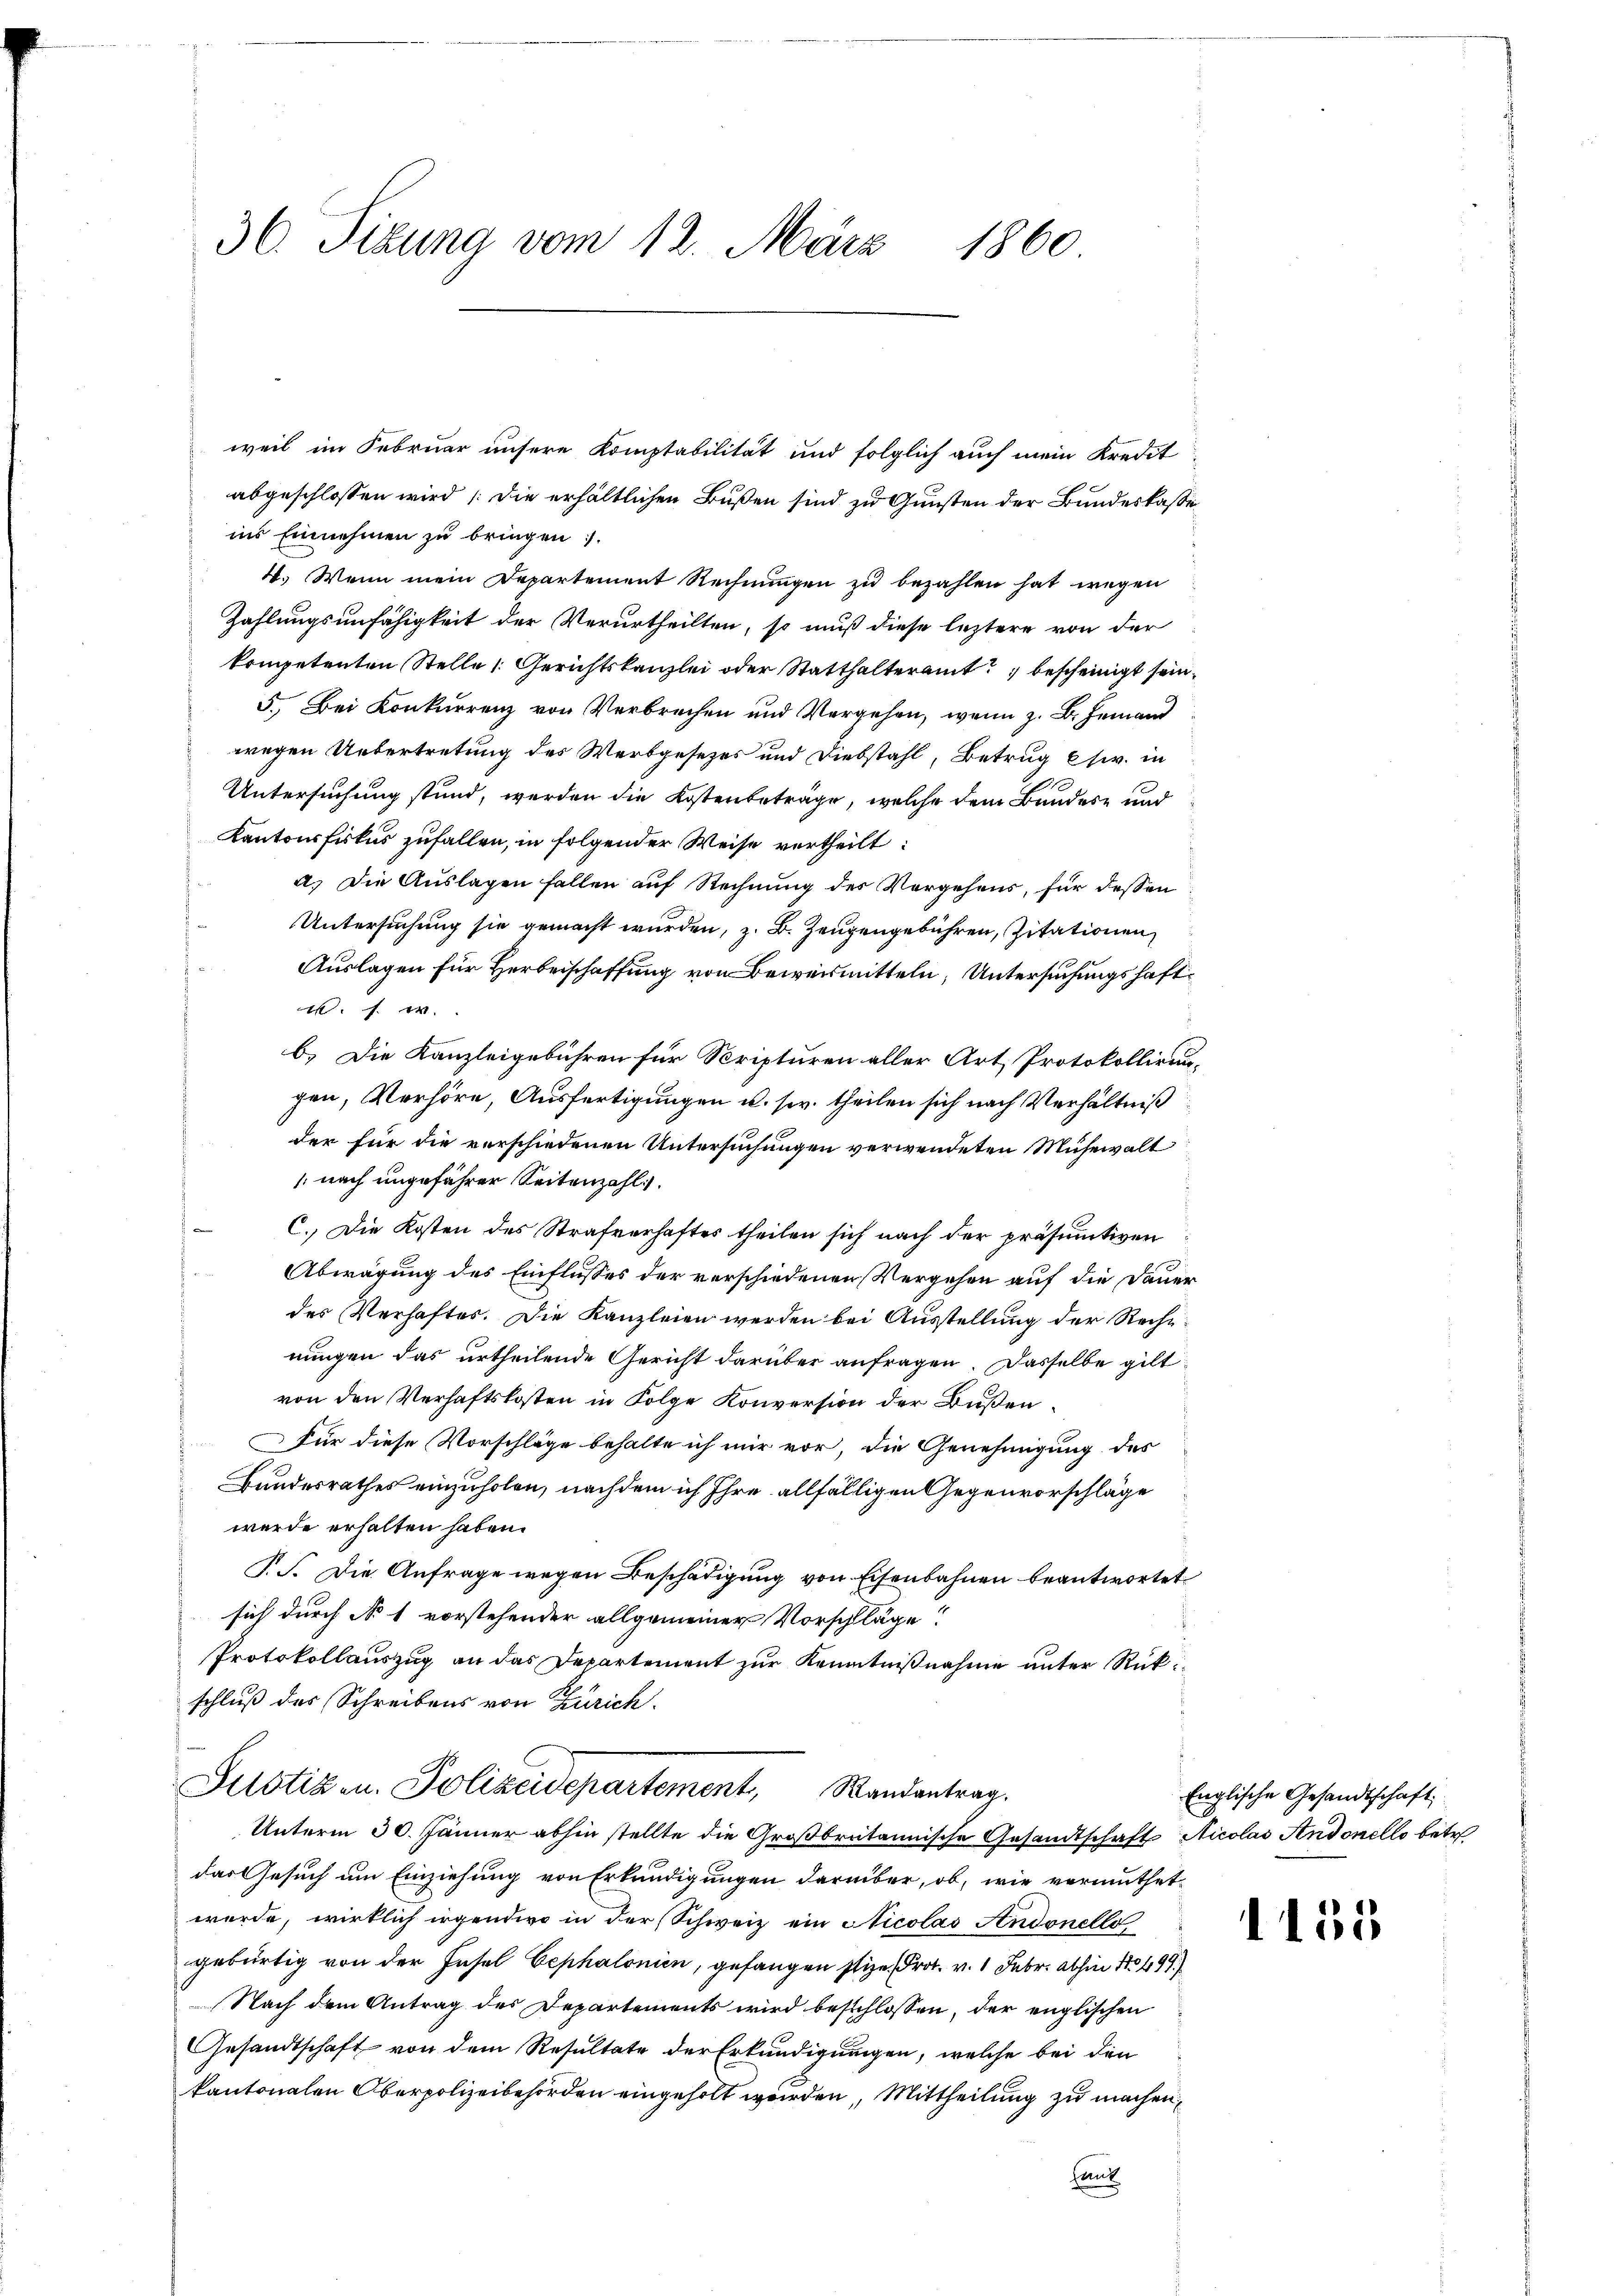
36. Sizung vom 12. März 1860

weil im Februar unsere Komptabilität und folglich auch mein Kredit
abgeschlossen wird die erhältlichen Bußen sind zu Gunsten der Bundeskasse
ins Einnehmen zu bringen.
4. Wenn mein Departement Rechnungen zu bezahlen hat wegen
Zahlungsunfähigkeit der Verurtheilten, so muß diese leztere von der
kompetenten Stelle Gerichtskanzlei oder Statthalteramt bescheinigt sein,
5. Bei Konkurrenz von Verbrechen und Vergehen, wenn z. B. jemand
wegen Uebertretung des Wertgesetzes und Diebstahl, Betrug Csw. in
Untersuchung stund, werden die Kostenbeträge, welche dem Bundes- und
Kantonsfiskus zufallen, in folgender Weise vertheilt:
a.) Die Auslagen fallen auf Rechnung des Vergehens, für dessen
Untersuchung sie gemacht wurden, z. B. Zeugengebühren, Zitationen,
Auslagen für Herbeischaffung von Beweismitteln, Untersuchungshaft¬
u. s. w.
b.) Die Kanzleigebühren für Scripturen aller Art Protokollirung
gen, Verhöre, Ausfertigungen u. sr. theilen sich nach Verhältniß
der für die verschiedenen Untersuchungen verwendeten Mühewalt
 nach ungeführer Seitenzahl.
C. Die Kosten des Strafverhaftes theilen sich nach der präsumtiven
Abwägung des Einflusses der verschiedenen Vergehen auf die Dauer
des Verhaftes. Die Kanzleien werden bei Ausstellung der Rechtnungen das urtheilende Gericht darüber anfragen. Dasselbe gilt
von den Verhaftskosten in Folge Konversion der Bußen¬
Für diese Vorschläge behalte ich mir vor, die Genehmigung des
Bundesrathes einzuholen, nachdem ich Ihre allfälligen Gegenvorschläge
werde erhalten haben.
P.S. Die Anfrage wegen Beschädigung von Eisenbahnen beantwortet
sich durch No 1 vorstehender allgemeiner Vorschläge!
Protokollauszug an das Departement zur Kenntnißnahme unter Rückschluß des Schreibens von Zürich.
Justiz u. Polizeidepartement, Randantrag.
Unterm 30. Jänner abhin stellte die Großbritannische Gesandtschaft Nicolas Andonello betr.
das Gesuch um Einziehung von Erkundigungen darüber, ob, wie vermuthet
wurde, wirklich irgendio in der Schweiz ein Nicolas Andonelle
gebürtig von der Insel Cephalonien, gefangen sie Prot. v. 1 Febr. abhin 1499)
Nach dem Antrag des Departements wird beschlossen, der englischen
Gesandtschaft von dem Resultate der Erkundigungen, welche bei den
kantonalen Oberpolizeibehörden eingeholt werden, Mittheilung zu machen,
hans

Englische Gesandtschaft

1155